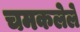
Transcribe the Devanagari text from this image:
चमकलेले